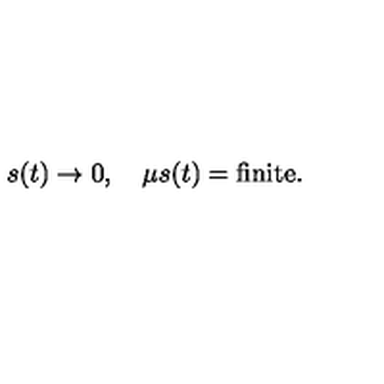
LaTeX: s ( t ) \to 0 , \quad \mu s ( t ) = \mathrm { f i n i t e } .